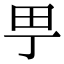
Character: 甼